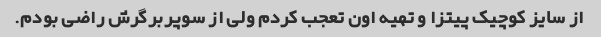
از سایز کوچیک پیتزا و تهیه اون تعجب کردم ولی از سوپربرگرش راضی بودم.